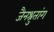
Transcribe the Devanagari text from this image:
जैनश्रुतांग